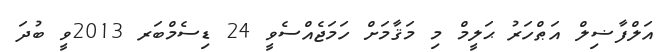
އަލްފާޟިލް އަޠްހަރު ޙަލީމް މި މަޤާމަށް ހަމަޖެއްސެވީ 24 ޑިސެމްބަރ 2013ވީ ބުދަ